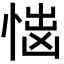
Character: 𢝿